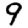
Digit: 9